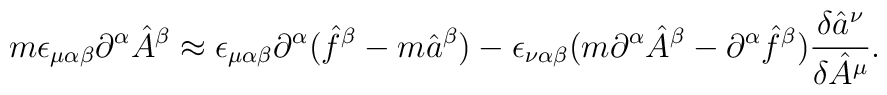
m\epsilon_{\mu\alpha\beta}\partial^{\alpha}\hat A^{\beta}\approx \epsilon_{\mu\alpha\beta}\partial^{\alpha}(\hat f^{\beta}-m\hat a^{\beta})-\epsilon_{\nu\alpha\beta}(m\partial^{\alpha}\hat A^{\beta}-\partial^{\alpha}\hat f^{\beta})\frac{\delta \hat a^{\nu}}{\delta \hat A^{\mu}} .